Report of the Indian Hemp Drugs Commission, 1894-1895 - Volume V
Year: 1894
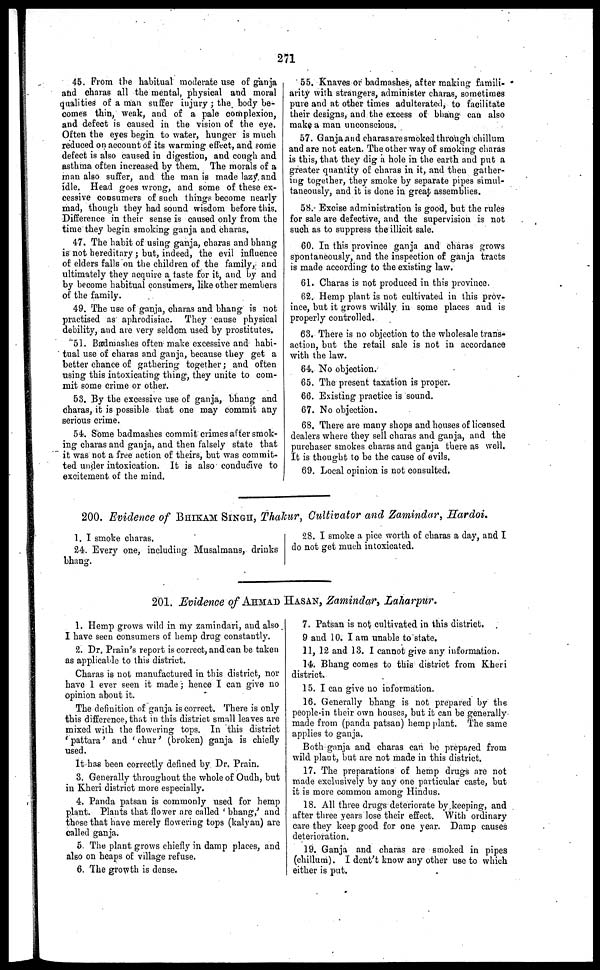
271
45. From the habitual moderate use of ganja
and charas all the mental, physical and moral
qualities of a man suffer injury ; the body be-
comes thin, weak, and of a pale complexion,
and defect is caused in the vision of the eye.
Often the eyes begin to water, hunger is much
reduced on account of its warming effect, and some
defect is also caused in digestion, and cough and
asthma often increased by them. The morals of a
man also suffer, and the man is made lazy and
idle. Head goes wrong, and some of these ex-
cessive consumers of such things become nearly
mad, though they had sound wisdom before this.
Difference in their sense is caused only from the
time they begin smoking ganja and charas.
47. The habit of using ganja, charas and bhang
is not hereditary ; but, indeed, the evil influence
of elders falls on the children of the family, and
ultimately they acquire a taste for it, and by and
by become habitual consumers, like other members
of the family.
49. The use of ganja, charas and bhang is not
practised as aphrodisiac. They cause physical
debility, and are very seldom used by prostitutes.
51. Badmashes often make excessive and habi-
tual use of charas and ganja, because they get a
better chance of gathering together ; and often
using this intoxicating thing, they unite to com-
mit some crime or other.
53. By the excessive use of ganja, bhang and
charas, it is possible that one may commit any
serious crime.
54. Some badmashes commit crimes after smok-
ing charas and ganja, and then falsely state that
it was not a free action of theirs, but was commit-
ted under intoxication. It is also conducive to
excitement of the mind.
55. Knaves or badmashes, after making famili-
arity with strangers, administer charas, sometimes
pure and at other time9 adulterated, to facilitate
their designs, and the excess of bhang can also
make a man unconscious.
57. Ganja and charas are smoked through chillum
and are not eaten. The other way of smoking charas
is this, that they dig a hole in the earth and put a
greater quantity of charas in it, and then gather-
ing together, they smoke by separate pipes simul-
taneously, and it is done in great assemblies.
58. Excise administration is good, but the rules
for sale are defective, and the supervision is not
such as to suppress the illicit sale.
60. In this province ganja and charas grows
spontaneously, and the inspection of ganja tracts
is made according to the existing law.
61. Charas is not produced in this province.
62. Hemp plant is not cultivated in this prov-
ince, but it grows wildly in some places and is
properly controlled.
63. There is no objection to the wholesale trans-
action, but the retail sale is not in accordance
with the law.
64. No objection.
65. The present taxation is proper.
66. Existing practice is sound.
67. No objection.
68. There are many shops and houses of licensed
dealers where they sell charas and ganja, and the
purchaser smokes charas and ganja there as well.
It is thought to be the cause of evils.
69. Local opinion is not consulted.
200. Evidence of BHIKAM SINGH, Thakur, Cultivator and Zamindar, Hardoi.
1. I smoke charas.
24. Every one, including Musalmans, drinks
bhang.
28. I smoke a pice worth of charas a day, and I
do not get much intoxicated.
201. Evidence of AHMAD HASAN, Zamindar, Laharpur.
1. Hemp grows wild in my zamindari, and also
I have seen consumers of hemp drug constantly.
2. Dr. Plain's report is correct, and can be taken
as applicable to this district.
Charas is not manufactured in this district, nor
have 1 ever seen it made ; hence I can give no
opinion about it.
The definition of ganja is correct. There is only
this difference, that in this district small leaves are
mixed with the flowering tops. In this district
'pattara' and 'chur' (broken) ganja is chiefly
used.
It has been correctly defined by Dr. Prain.
3. Generally throughout the whole of Oudh, but
in Kheri district more especially.
4. Panda patsan is commonly used for hemp
plant. Plants that flower are called 'bhang,' and
those that have merely flowering tops (kalyan) are
called ganja.
5. The plant grows chiefly in damp places, and
also on heaps of village refuse.
6. The growth is dense.
7. Patsan is not cultivated in this district.
9 and 10. I am unable to state.
11, 12 and 13. I cannot give any information.
14. Bhang comes to this district from Kheri
district.
15. I can give no information.
16. Generally bhang is not prepared by the
people in their own houses, but it can be generally
made from (panda patsan) hemp plant. The same
applies to ganja.
Both ganja and charas can be prepared from
wild plant, but are not made in this district.
17. The preparations of hemp drugs are not
made exclusively by any one particular caste, but
it is more common among Hindus.
18. All three drugs deteriorate by keeping, and
after three years lose their effect. With ordinary
care they keep good for one year. Damp causes
deterioration.
19. Ganja and charas are smoked in pipes
(chillum). I dont't know any other use to which
either is put.